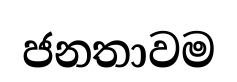
ජනතාවම